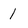
Character: 1